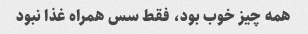
همه چیز خوب بود، فقط سس همراه غذا نبود